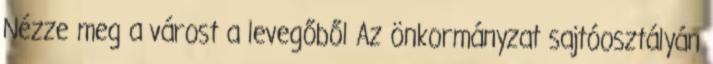
Nézze meg a várost a levegőből Az önkormányzat sajtóosztályán